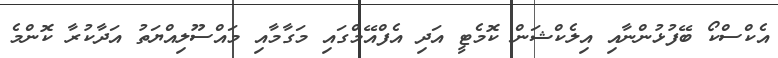
އެކްސްކޯ ބޭފުޅުންނާއި އިލެކްޝަން ކޮމެޓީ އަދި އެފްއޭމްގައި މަގާމާއި މައްސޫލިއްޔަތު އަދާކުރާ ކޮންމެ